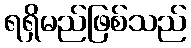
ရရှိမည်ဖြစ်သည်